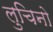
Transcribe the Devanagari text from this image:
लुचिनो